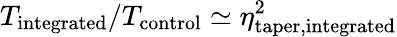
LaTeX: T_{\mathrm{integrated}}/T_{\mathrm{control}}\simeq\eta_{\mathrm{taper,integrated}}^{2}